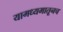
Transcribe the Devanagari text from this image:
यामध्यमातूनच